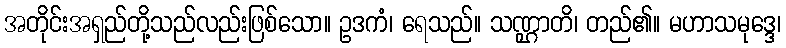
အတိုင်းအရှည်တို့သည်လည်းဖြစ်သော။ ဥဒကံ၊ ရေသည်။ သဏ္ဌာတိ၊ တည်၏။ မဟာသမုဒ္ဒေ၊